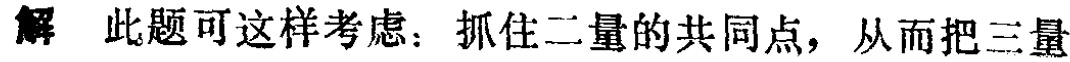
解 此题可这样考虑：抓住二量的共同点，从而把三量